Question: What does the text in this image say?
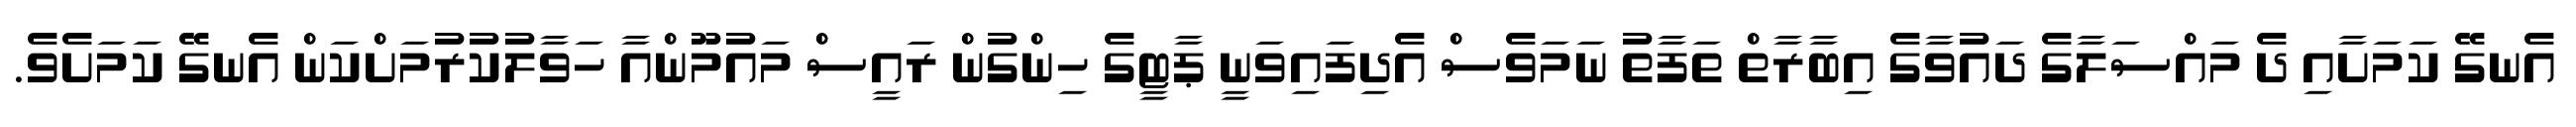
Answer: އެނގޭ ކަމަށާއި ދެ މައްސަލާގެ ދައުވާގެ އިބާރާތް ތަފާތު ނަމަވެސް އެދިފައިވަނީ ޕާޓީގެ ހިންގުން ރައީސް މައުމޫންއާ ހަވާލުކުރުމަށްކަން އެނގޭ ކަމަށެވެ.